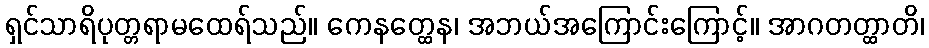
ရှင်သာရိပုတ္တရာမထေရ်သည်။ ကေနတ္ထေန၊ အဘယ်အကြောင်းကြောင့်။ အာဂတတ္ထာတိ၊